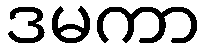
ဒမကာ